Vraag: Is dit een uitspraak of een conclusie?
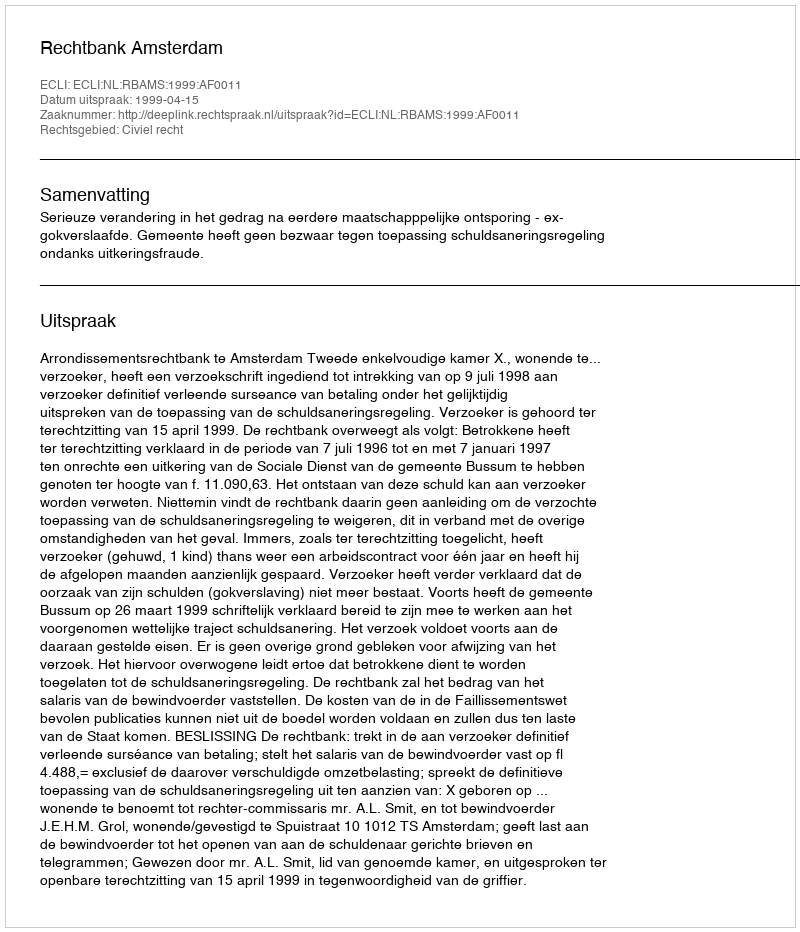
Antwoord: Uitspraak